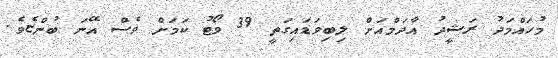
މުހައްމަދު ރަޝީދު އާދަމްއަށް ލިބިވަޑައިގަތީ 39 ވޯޓު ކަމަށް ވެސް އޭނަ ބުންޏެވެ.